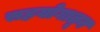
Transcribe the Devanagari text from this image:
सहयोगातून